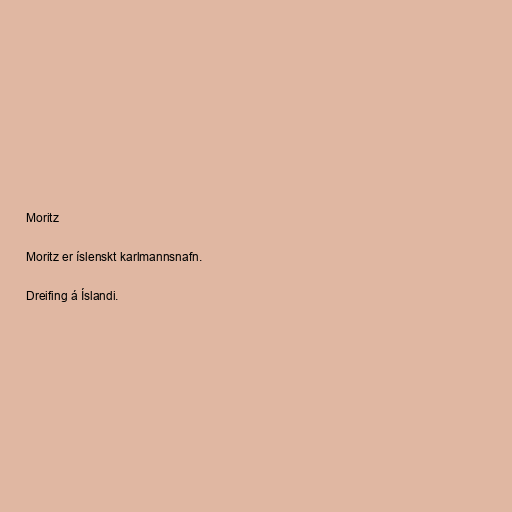
Moritz

Moritz er íslenskt karlmannsnafn.

Dreifing á Íslandi.